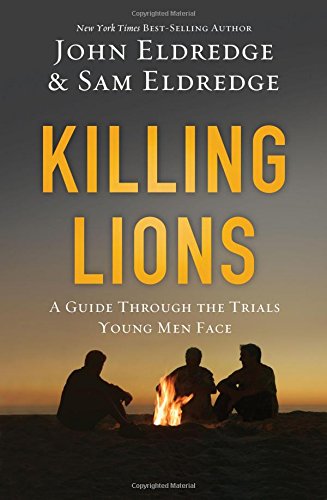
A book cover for Killing Lions: A Guide Through the Trials Young Men Face; John Eldredge; Christian Books & Bibles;